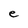
Character: e